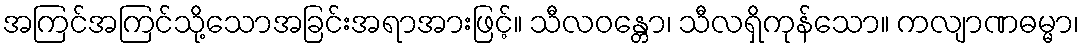
အကြင်အကြင်သို့သောအခြင်းအရာအားဖြင့်။ သီလဝန္တော၊ သီလရှိကုန်သော။ ကလျာဏဓမ္မာ၊